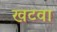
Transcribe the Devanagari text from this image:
खटवा